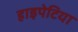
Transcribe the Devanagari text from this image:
हाइपेटिया